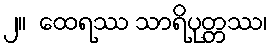
၂။  ထေရဿ သာရိပုတ္တဿ၊